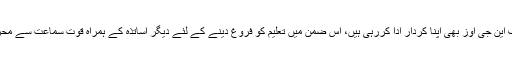
ڈیف ریچ اسکول میں بچوں کو بنیادی سہولیات فراہم کرنے میں سندھ حکومت کے علاوہ مختلف این جی اوز بھی اپنا کردار ادا کررہی ہیں، اس ضمن میں تعلیم کو فروغ دینے کے لئے دیگر اساتذہ کے ہمراہ قوت سماعت سے محروم اساتذہ کوبھی مقرر کیا گیا ہے، تا کہ طلبا و طالبات زیادہ سے زیادہ فائدہ حاصل کر سکیں۔